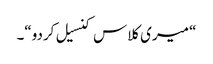
“ میری کلاس کنسیل کردو“۔